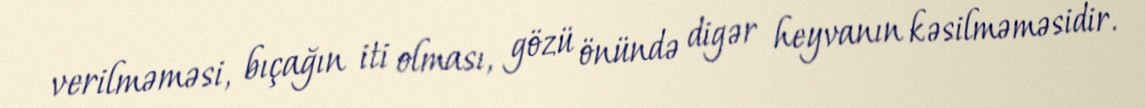
verilməməsi, bıçağın iti olması, gözü önündə digər heyvanın kəsilməməsidir.